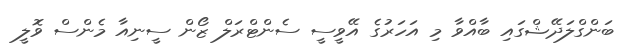
ބަންގްލަދޭޝްގައި ބާއްވާ މި އަހަރުގެ އޭވީސީ ސެންޓްރަލް ޒޯން ސީނިއާ މެންސް ވޮލީ